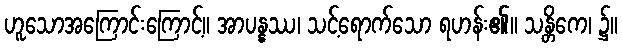
ဟူသောအကြောင်းကြောင့်။ အာပန္နဿ၊ သင့်ရောက်သော ရဟန်း၏။ သန္တိကေ၊ ၌။